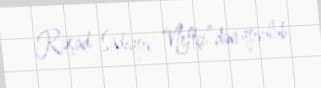
Rəşad Sadıqov “Neftçi”dən qovulub.